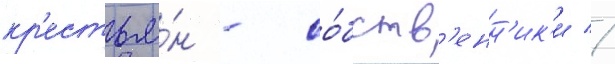
кр'естья́н - со́бств'енн'ик'и //